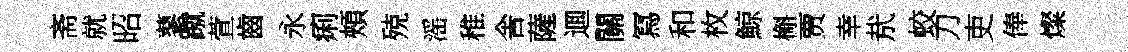
斋就昭蓼蹴萱齒永痢頰殑滛稚舎薩逥關冩和枚鯨槲贾幸㢤蛟刀吏俸燦